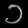
Digit: ၁